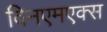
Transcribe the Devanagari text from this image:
विनएमएक्स